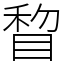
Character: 睝